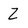
Character: Z